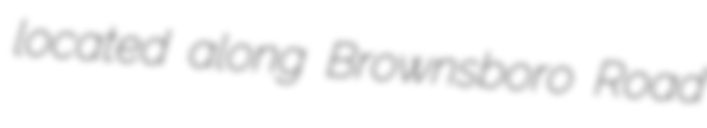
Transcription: located along Brownsboro Road